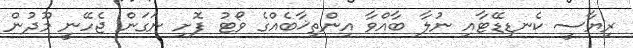
ރިޔާސީ ކެނޑިޑޭޓާއި ނުލާ ބާއްވާ އިންތިޚާބެއްގެ ވޯޓު ފޮށި ނަގަން ޖެހޭނީ މޫދުން